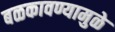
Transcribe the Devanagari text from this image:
बळकावण्यामुळे